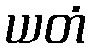
ယတံ